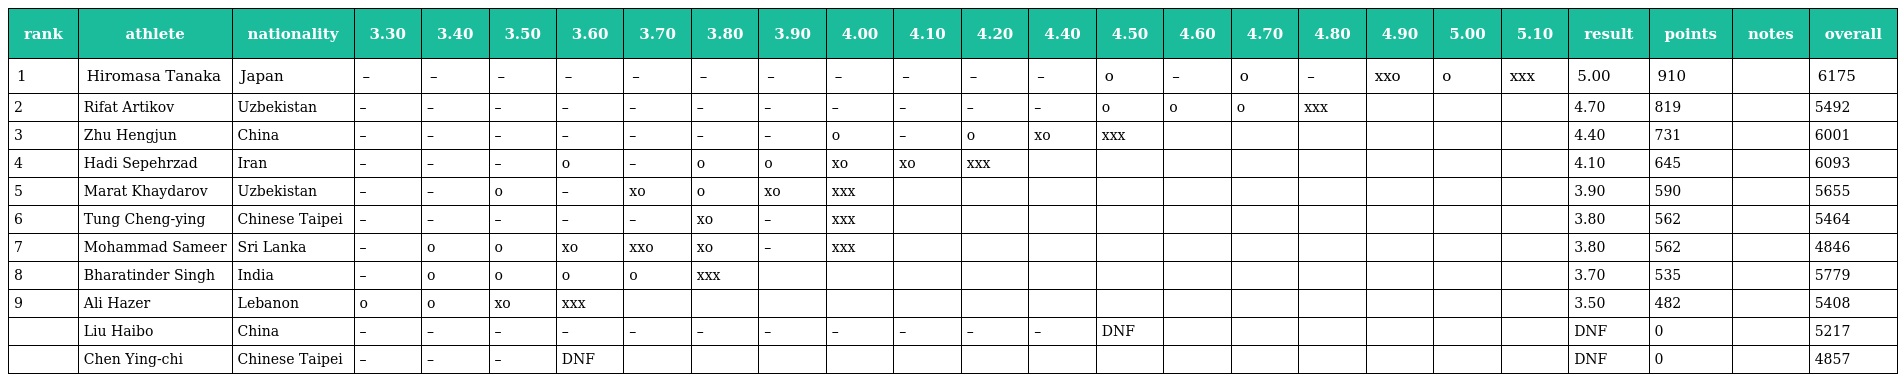
| rank | athlete | nationality | 3.30 | 3.40 | 3.50 | 3.60 | 3.70 | 3.80 | 3.90 | 4.00 | 4.10 | 4.20 | 4.40 | 4.50 | 4.60 | 4.70 | 4.80 | 4.90 | 5.00 | 5.10 | result | points | notes | overall |
 | --- | --- | --- | --- | --- | --- | --- | --- | --- | --- | --- | --- | --- | --- | --- | --- | --- | --- | --- | --- | --- | --- | --- | --- | --- |
 | 1 | Hiromasa Tanaka | Japan | – | – | – | – | – | – | – | – | – | – | – | o | – | o | – | xxo | o | xxx | 5.00 | 910 |  | 6175 |
 | 2 | Rifat Artikov | Uzbekistan | – | – | – | – | – | – | – | – | – | – | – | o | o | o | xxx |  |  |  | 4.70 | 819 |  | 5492 |
 | 3 | Zhu Hengjun | China | – | – | – | – | – | – | – | o | – | o | xo | xxx |  |  |  |  |  |  | 4.40 | 731 |  | 6001 |
 | 4 | Hadi Sepehrzad | Iran | – | – | – | o | – | o | o | xo | xo | xxx |  |  |  |  |  |  |  |  | 4.10 | 645 |  | 6093 |
 | 5 | Marat Khaydarov | Uzbekistan | – | – | o | – | xo | o | xo | xxx |  |  |  |  |  |  |  |  |  |  | 3.90 | 590 |  | 5655 |
 | 6 | Tung Cheng-ying | Chinese Taipei | – | – | – | – | – | xo | – | xxx |  |  |  |  |  |  |  |  |  |  | 3.80 | 562 |  | 5464 |
 | 7 | Mohammad Sameer | Sri Lanka | – | o | o | xo | xxo | xo | – | xxx |  |  |  |  |  |  |  |  |  |  | 3.80 | 562 |  | 4846 |
 | 8 | Bharatinder Singh | India | – | o | o | o | o | xxx |  |  |  |  |  |  |  |  |  |  |  |  | 3.70 | 535 |  | 5779 |
 | 9 | Ali Hazer | Lebanon | o | o | xo | xxx |  |  |  |  |  |  |  |  |  |  |  |  |  |  | 3.50 | 482 |  | 5408 |
 |  | Liu Haibo | China | – | – | – | – | – | – | – | – | – | – | – | DNF |  |  |  |  |  |  | DNF | 0 |  | 5217 |
 |  | Chen Ying-chi | Chinese Taipei | – | – | – | DNF |  |  |  |  |  |  |  |  |  |  |  |  |  |  | DNF | 0 |  | 4857 |